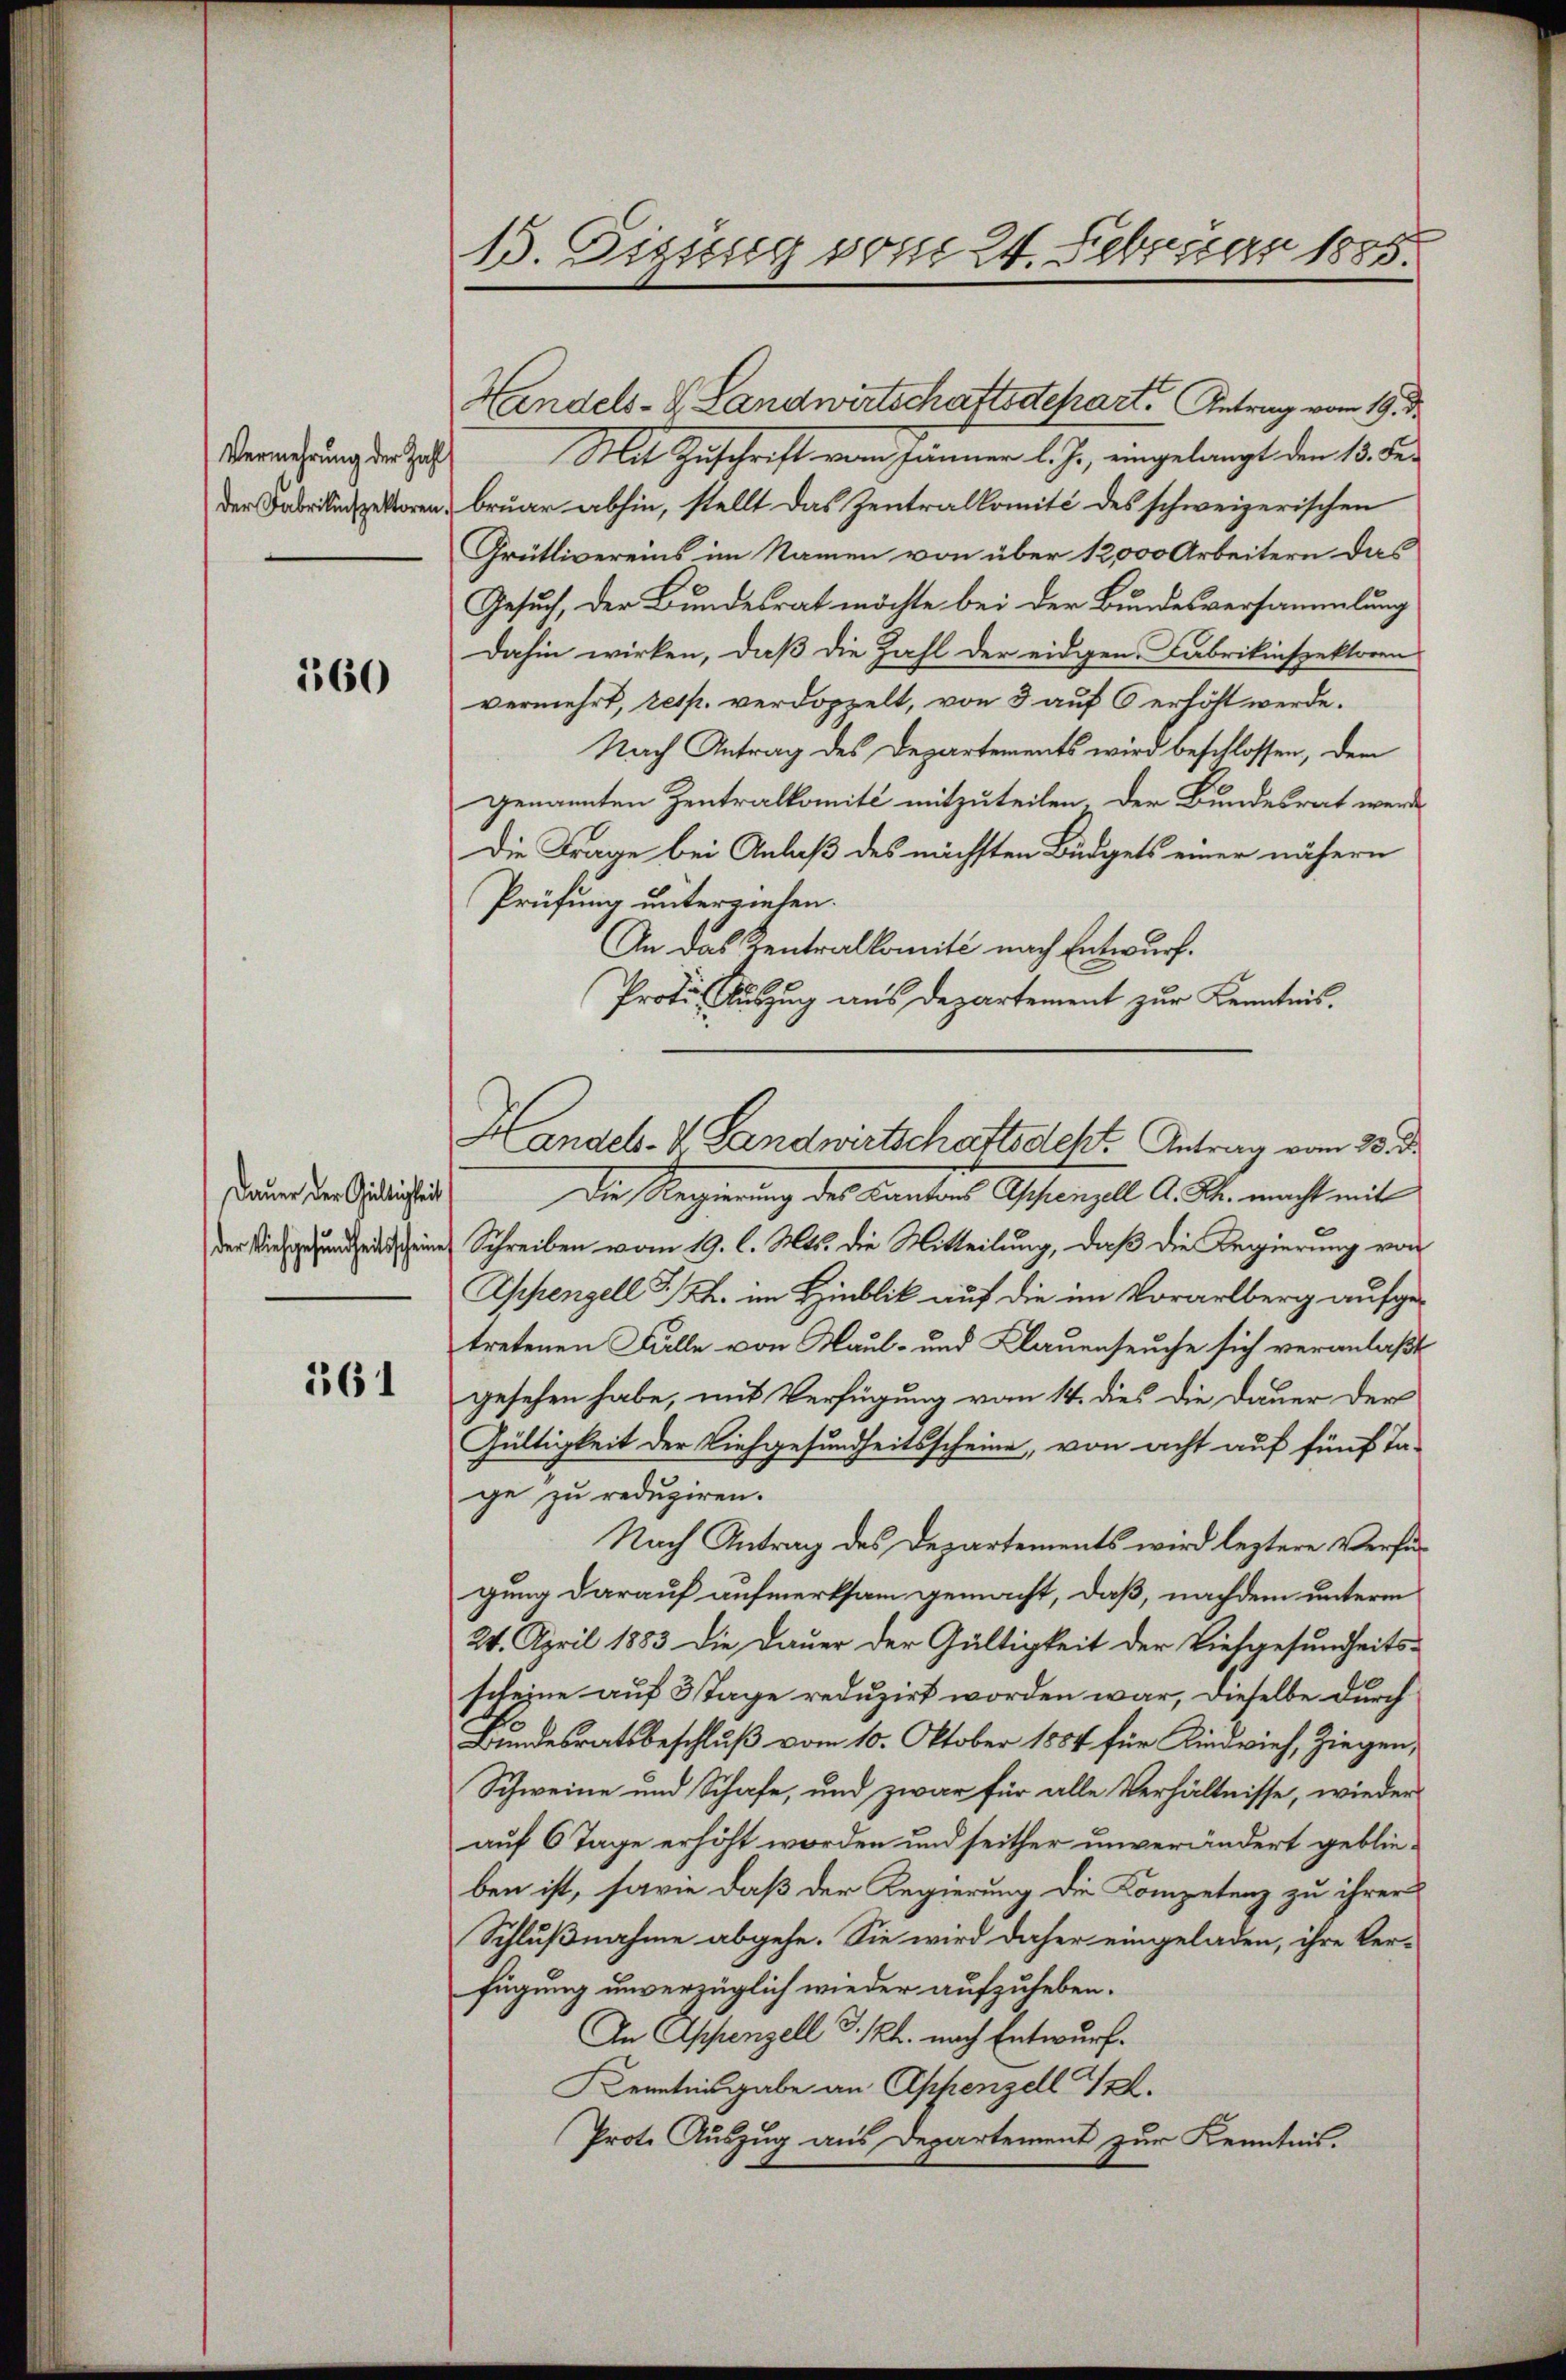
Vermehrung der Zahl
der Fabrikinspektoren.

560

Dauer der Gültigkeit
der Viehgesundheitsscheine

1361

1. Sissung vom 24. Februar 1885.

Mit Zuschrift vom Jänner l. J., eingelangt den 13. der
bruar abhin, stellt das Zentralkomité des schweizerischen
Grütlivereins im Namen von über 12,000 Arbeitern das
Gesuch, der Bundesrat möchte bei der Bundesversammlung
dahin wirken, daß die Zahl der eidgen. Fabrikinspektoren
vermehrt, resp. verdoppelt, von 3 auf 6 erhöht werde.
Nach Antrag des Departements wird beschlossen, den
genannten Zentralkomité mitzuteilen der Bundesrat werde
Die Frage bei Anlaß des nächsten Büdgets einer nähern
Prüfung unterziehen.
An das Zentralkomité nach Entwurf.
Protes Auszug aus Departement zur Kenntnis.
Die Regierung des Cantons Appenzell A. M. macht mit
Schreiben vom 19. l. Mts. die Mitteilung, daß die Regierung von
Appenzell I/Rh. im Hinblik auf die im Vorarlberg aufgetretenen Falle von Maul- und Klauenseuche sich veranlaßt
gesehen habe, mit Verfügung vom 14. dies die Dauer der
Gültigkeit der Viehgesundheitsscheine, von acht auf fünf Ta-
ge zu reduziren.
Nach Antrag des Departements wird leztere Verfügung darauf aufmerksam gemacht, daß, nachdem unterm
24. April 1883 die Dauer der Gültigkeit der Viehgesundheits-
scheine auf 3 Tage reduzirt worden war, dieselbe durch
Bundesratsbeschluß vom 10. Oktober 1884 für Kindvieh, Ziegen,
Schweine und Schafe, und zwar für alle Verhältnisse, wieder
auf 6 Tage erhöht worden und seither unverändert geblieben ist, sowie daß der Regierung die Kompetenz zu ihrer
Schlußnahme abgehe. Sie wird daher eingeladen, ihre Verfügung unverzüglich wieder aufzuheben.
An Appenzell I. Kl. nach Entwurf.
Kenntnisgabe an Appenzell I.
Prote Auszug aus Departement zur Kenntnis.

Handels- & Landwirtschaftsdepart. Antrag vom 19. d

Handels-V. Landwirtschaftsdest. Antrag vom 23. d.